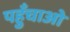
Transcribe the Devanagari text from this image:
पहुँचाओ